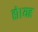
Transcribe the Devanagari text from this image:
हो।यह